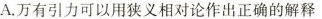
A.万有引力可以用狭义相对论作出正确的解释